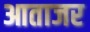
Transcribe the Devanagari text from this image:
आताजर